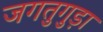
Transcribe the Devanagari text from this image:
जगतुगुड़ा